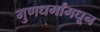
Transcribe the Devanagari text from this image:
गुणधर्मांमधून